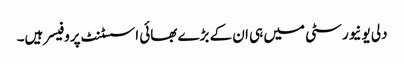
دلی یونیورسٹی میں ہی ان کے بڑے بھائی اسسٹنٹ پروفیسر ہیں۔